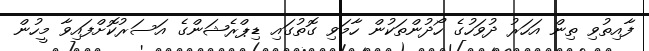
ފާއިތުވި ތިން އަހަރު ދުވަހުގެ ހޯދުންތަކުން ހާމަވި ގޮތުގައި ޑިޕްރެޝަންގެ އަސަރުކޮށްފައިވާ މީހުން